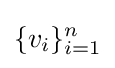
\{v_{i}\}_{i=1}^{n}